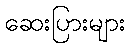
ဆေးပြားများ